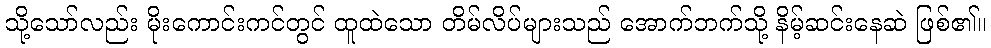
သို့သော်လည်း မိုးကောင်းကင်တွင် ထူထဲသော တိမ်လိပ်များသည် အောက်ဘက်သို့ နိမ့်ဆင်းနေဆဲ ဖြစ်၏။